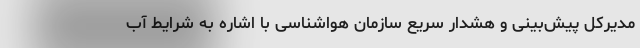
مدیرکل ‌پیش‌بینی و هشدار سریع سازمان هواشناسی با اشاره به شرایط آب